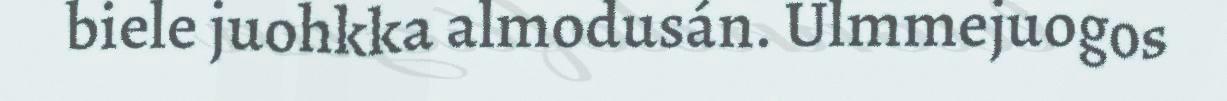
biele juohkka almodusán. Ulmmejuogos